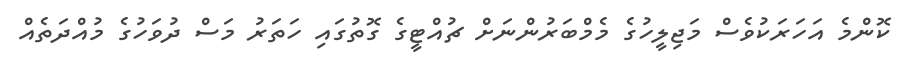
ކޮންމެ އަހަރަކުވެސް މަޖިލީހުގެ މެމްބަރުންނަށް ޗުއްޓީގެ ގޮތުގައި ހަތަރު މަސް ދުވަހުގެ މުއްދަތެއް